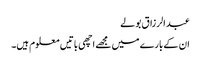
عبد الرزاق بولے
ان کے بارے میں مجھے اچھی باتیں معلوم ہیں۔